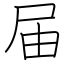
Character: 届